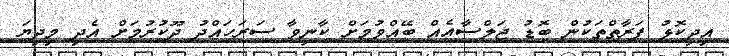
އިދިކޮޅު ފަރާތްތަކުން ބޮޑު ޖަލްސާއެއް ބޭއްވުމަށް ކާނިވާ ސަރަހައްދު ދޫކުރުމަށް އެދި މިދިޔަ